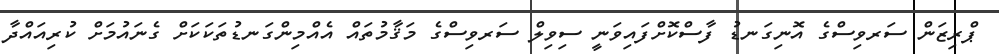
ޕްރިޒަން ސަރވިސްގެ އޮނިގަނޑު ފާސްކޮށްފައިވަނީ ސިވިލް ސަރވިސްގެ މަޤާމުތައް އެއްމިންގަނޑުތަކަކަށް ގެނައުމަށް ކުރިއައްދާ